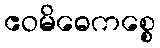
ဧဝမိဓေကစ္စေ